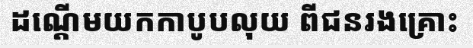
ដណ្តើមយកកាបូបលុយ ពីជនរងគ្រោះ